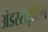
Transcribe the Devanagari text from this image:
अंडरराईटिंग